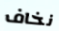
نخاف